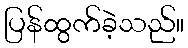
ပြန်ထွက်ခဲ့သည်။